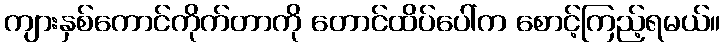
ကျားနှစ်ကောင်ကိုက်တာကို တောင်ထိပ်ပေါ်က စောင့်ကြည့်ရမယ်။